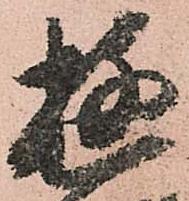
遊